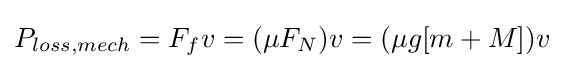
P_{loss,mech}=F_{f}v=(\mu F_{N})v=(\mu g[m+M])v